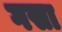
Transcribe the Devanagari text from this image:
गसा